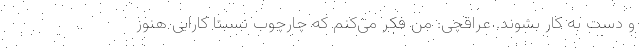
و دست به کار بشوند. عراقچی: من فکر می‌کنم که چارچوب نسبتا کارایی هنوز